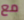
مع